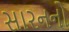
સારનનો